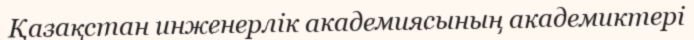
Қазақстан инженерлік академиясының академиктері